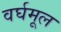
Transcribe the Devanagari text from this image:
वर्घमूल